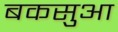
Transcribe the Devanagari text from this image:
बकसुआ